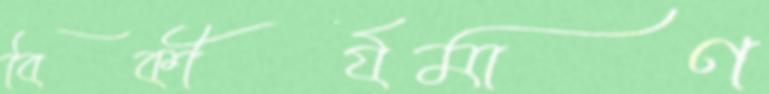
বিকীর্যমাণ